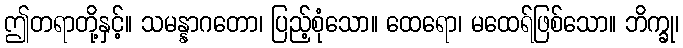
ဤတရာတို့နှင့်။ သမန္နာဂတော၊ ပြည့်စုံသော။ ထေရော၊ မထေရ်ဖြစ်သော။ ဘိက္ခု၊